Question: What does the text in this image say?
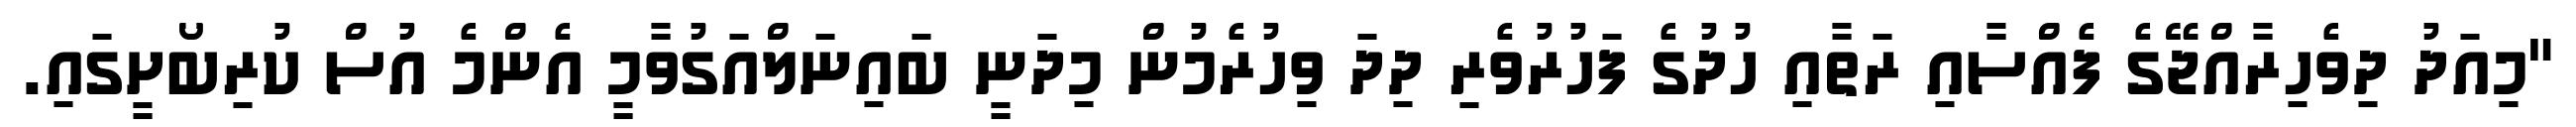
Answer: "މިއަދު ދިވެހިރާއްޖޭގެ ފެއްސާއި ރަތާއި ހުދުގެ ފަހުރުވެރި ދިދަ ވިހުރެމުން މިދަނީ ބައިނަލްއަގުވާމީ އެންމެ އުސް ކުރިބޯށީގައި.